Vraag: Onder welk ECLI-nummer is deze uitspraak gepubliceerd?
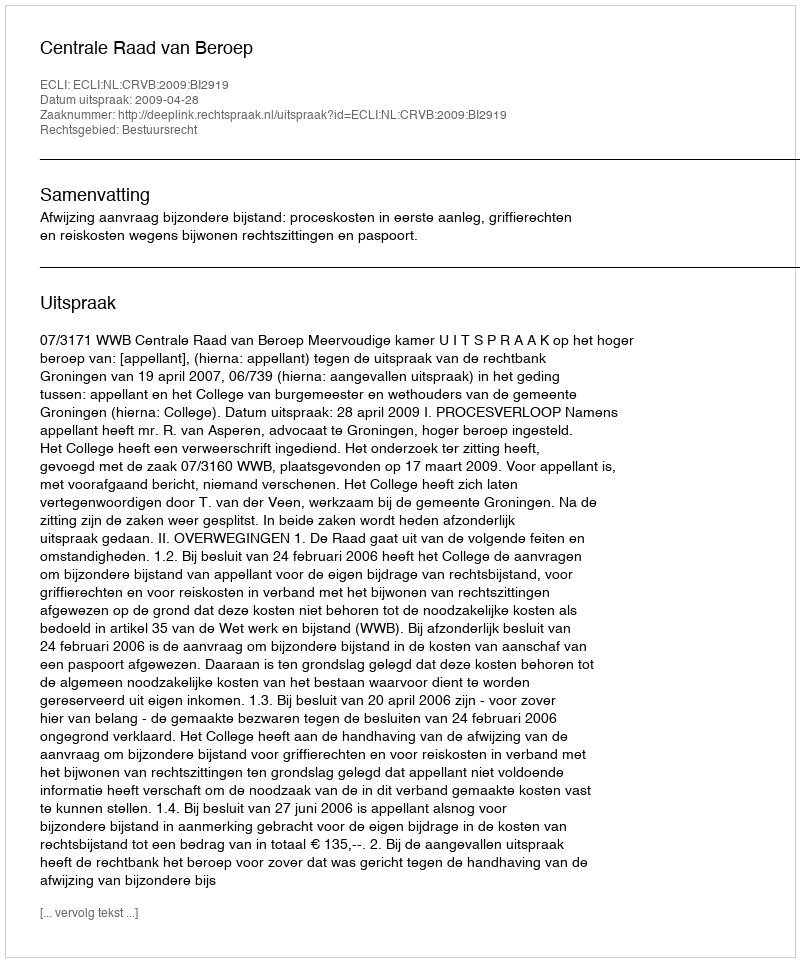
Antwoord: ECLI:NL:CRVB:2009:BI2919